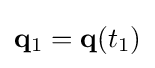
\mathbf {q} _{1}=\mathbf {q} (t_{1})